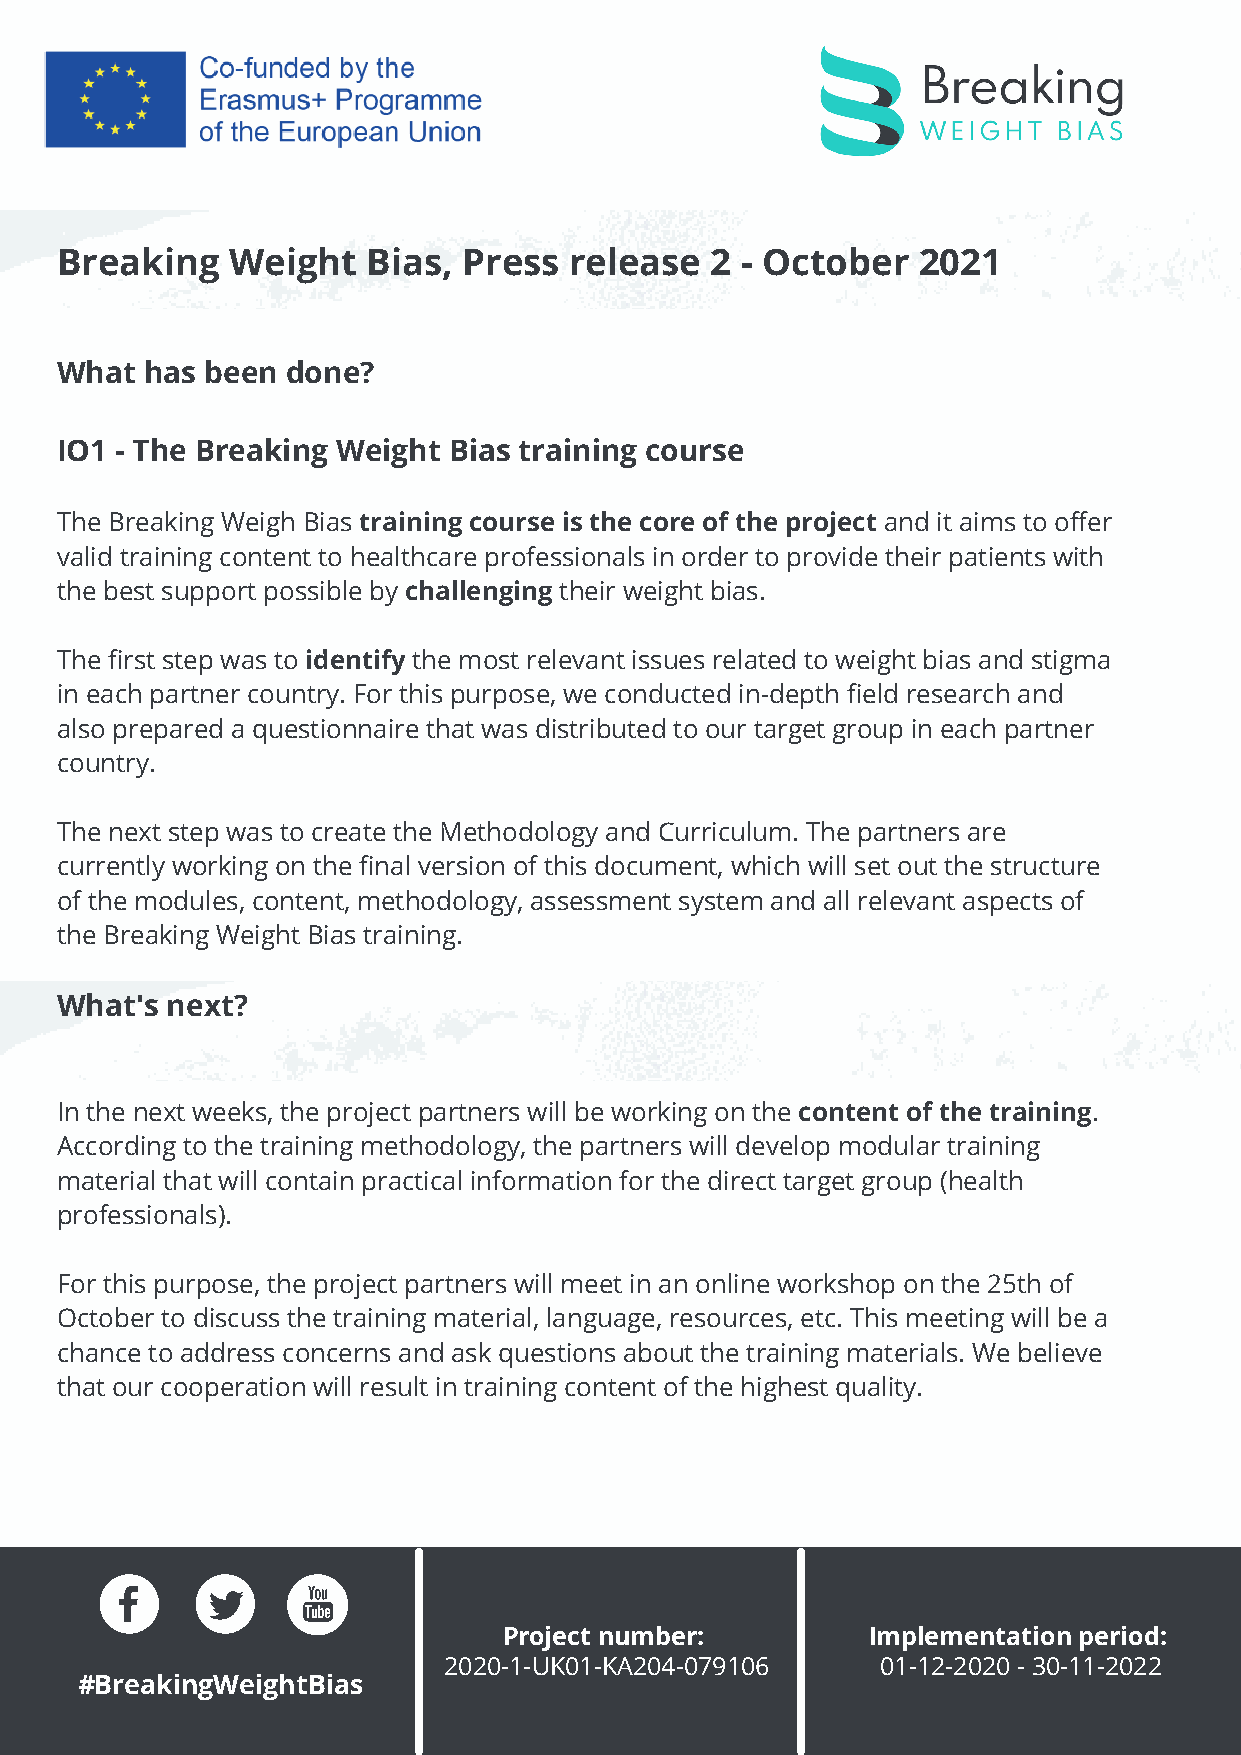
Breaking   Weight   Bias,  Press  release  2 - October   2021
 What  has been done?
 IO1 - The Breaking Weight Bias training course
 The Breaking Weigh Bias training course is the core of the project and it aims to offer
 valid training content to healthcare professionals in order to provide their patients with
 the best support possible by challenging their weight bias.
 The first step was to identify the most relevant issues related to weight bias and stigma
 in each partner country. For this purpose, we conducted in-depth field research and
 also prepared a questionnaire that was distributed to our target group in each partner
 country.
 The next step was to create the Methodology and Curriculum. The partners are
 currently working on the final version of this document, which will set out the structure
 of the modules, content, methodology, assessment system and all relevant aspects of
 the Breaking Weight Bias training.
 What's next?
 In the next weeks, the project partners will be working on the content of the training.
 According to the training methodology, the partners will develop modular training
 material that will contain practical information for the direct target group (health
 professionals).
 For this purpose, the project partners will meet in an online workshop on the 25th of
 October to discuss the training material, language, resources, etc. This meeting will be a
 chance to address concerns and ask questions about the training materials. We believe
 that our cooperation will result in training content of the highest quality.
 Project number:          Implementation period:
 2020-1-UK01-KA204-079106     01-12-2020 - 30-11-2022
 #BreakingWeightBias